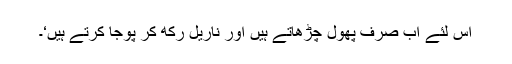
اس لئے اب صرف پھول چڑھاتے ہیں اور ناریل رکھ کر پوجا کرتے ہیں‘۔